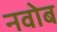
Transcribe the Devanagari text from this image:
नवोब